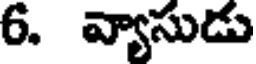
6. వ్యాసుడు